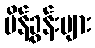
မိန့်ခွန်းများ